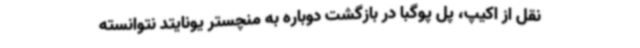
نقل از اکیپ، پل پوگبا در بازگشت دوباره به منچستر یونایتد نتوانسته